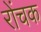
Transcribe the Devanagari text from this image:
रोंचक